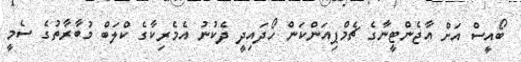
ބޯއީސް އަށް އާޖެންޓީނާގެ ޗެމްޕިއަންކަން ހޯދައިދީ ދެކުނު އެމެރިކާގެ ކްލަބް މުބާރާތުގެ ސެމީ